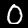
Digit: 0